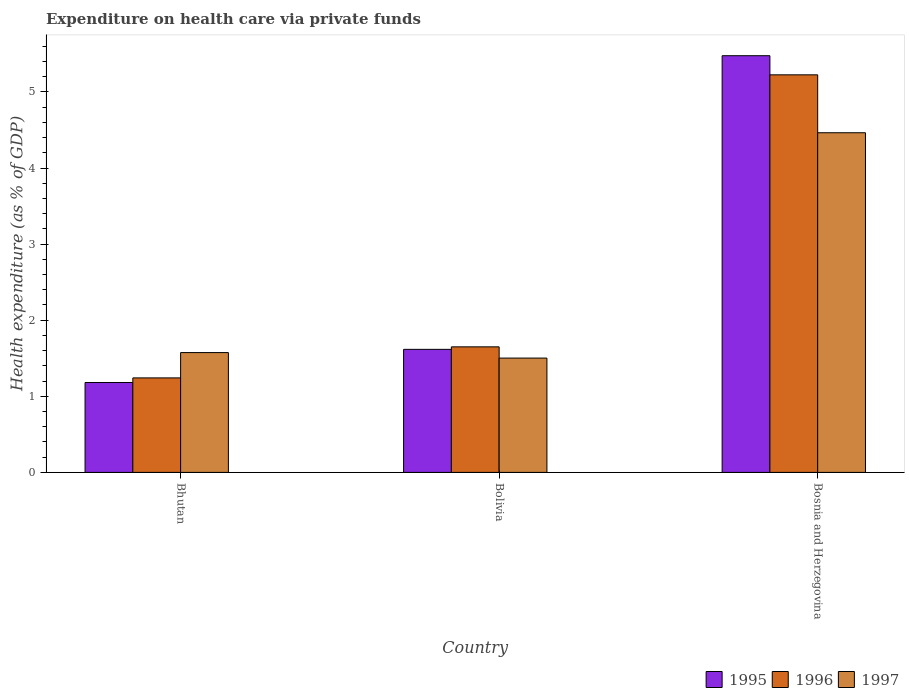
| Country | 1995 | 1996 | 1997 |
 | --- | --- | --- | --- |
 | Bhutan | 1.18 | 1.24 | 1.57 |
 | Bolivia | 1.62 | 1.65 | 1.5 |
 | Bosnia and Herzegovina | 5.48 | 5.22 | 4.46 |